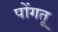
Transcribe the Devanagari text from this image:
पोंगतू